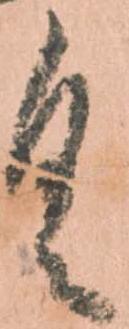
具